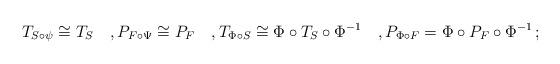
LaTeX: \begin{align*}T_{S \circ\psi}\cong T_S\quad,P_{F\circ \Psi}\cong P_F\quad,T_{\Phi\circ S}\cong \Phi\circ T_S\circ \Phi^{-1}\quad,P_{\Phi\circ F}=\Phi\circ P_F\circ\Phi^{-1}\,;\end{align*}